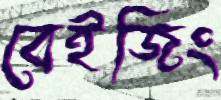
বেইজিং